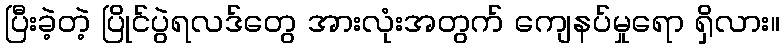
ပြီးခဲ့တဲ့ ပြိုင်ပွဲရလဒ်တွေ အားလုံးအတွက် ကျေနပ်မှုရော ရှိလား။